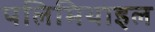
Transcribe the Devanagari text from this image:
पलिमिथाइल